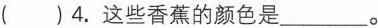
( )4.这些香蕉的颜色是___。